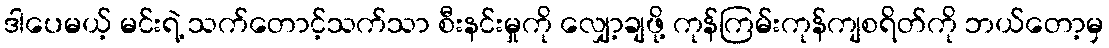
ဒါပေမယ့် မင်းရဲ့ သက်တောင့်သက်သာ စီးနင်းမှုကို လျှော့ချဖို့ ကုန်ကြမ်းကုန်ကျစရိတ်ကို ဘယ်တော့မှ